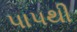
પાપથી